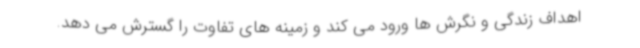
اهداف زندگی و نگرش ها ورود می کند و زمینه های تفاوت را گسترش می دهد.